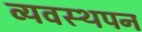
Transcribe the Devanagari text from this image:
व्यवस्थपन